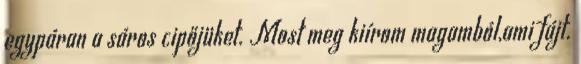
egypáran a sáros cipőjüket. Most meg kiírom magamból,ami fájt.